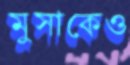
মুসাকেও